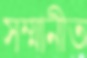
সম্মানীত